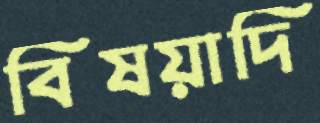
বিষয়াদি